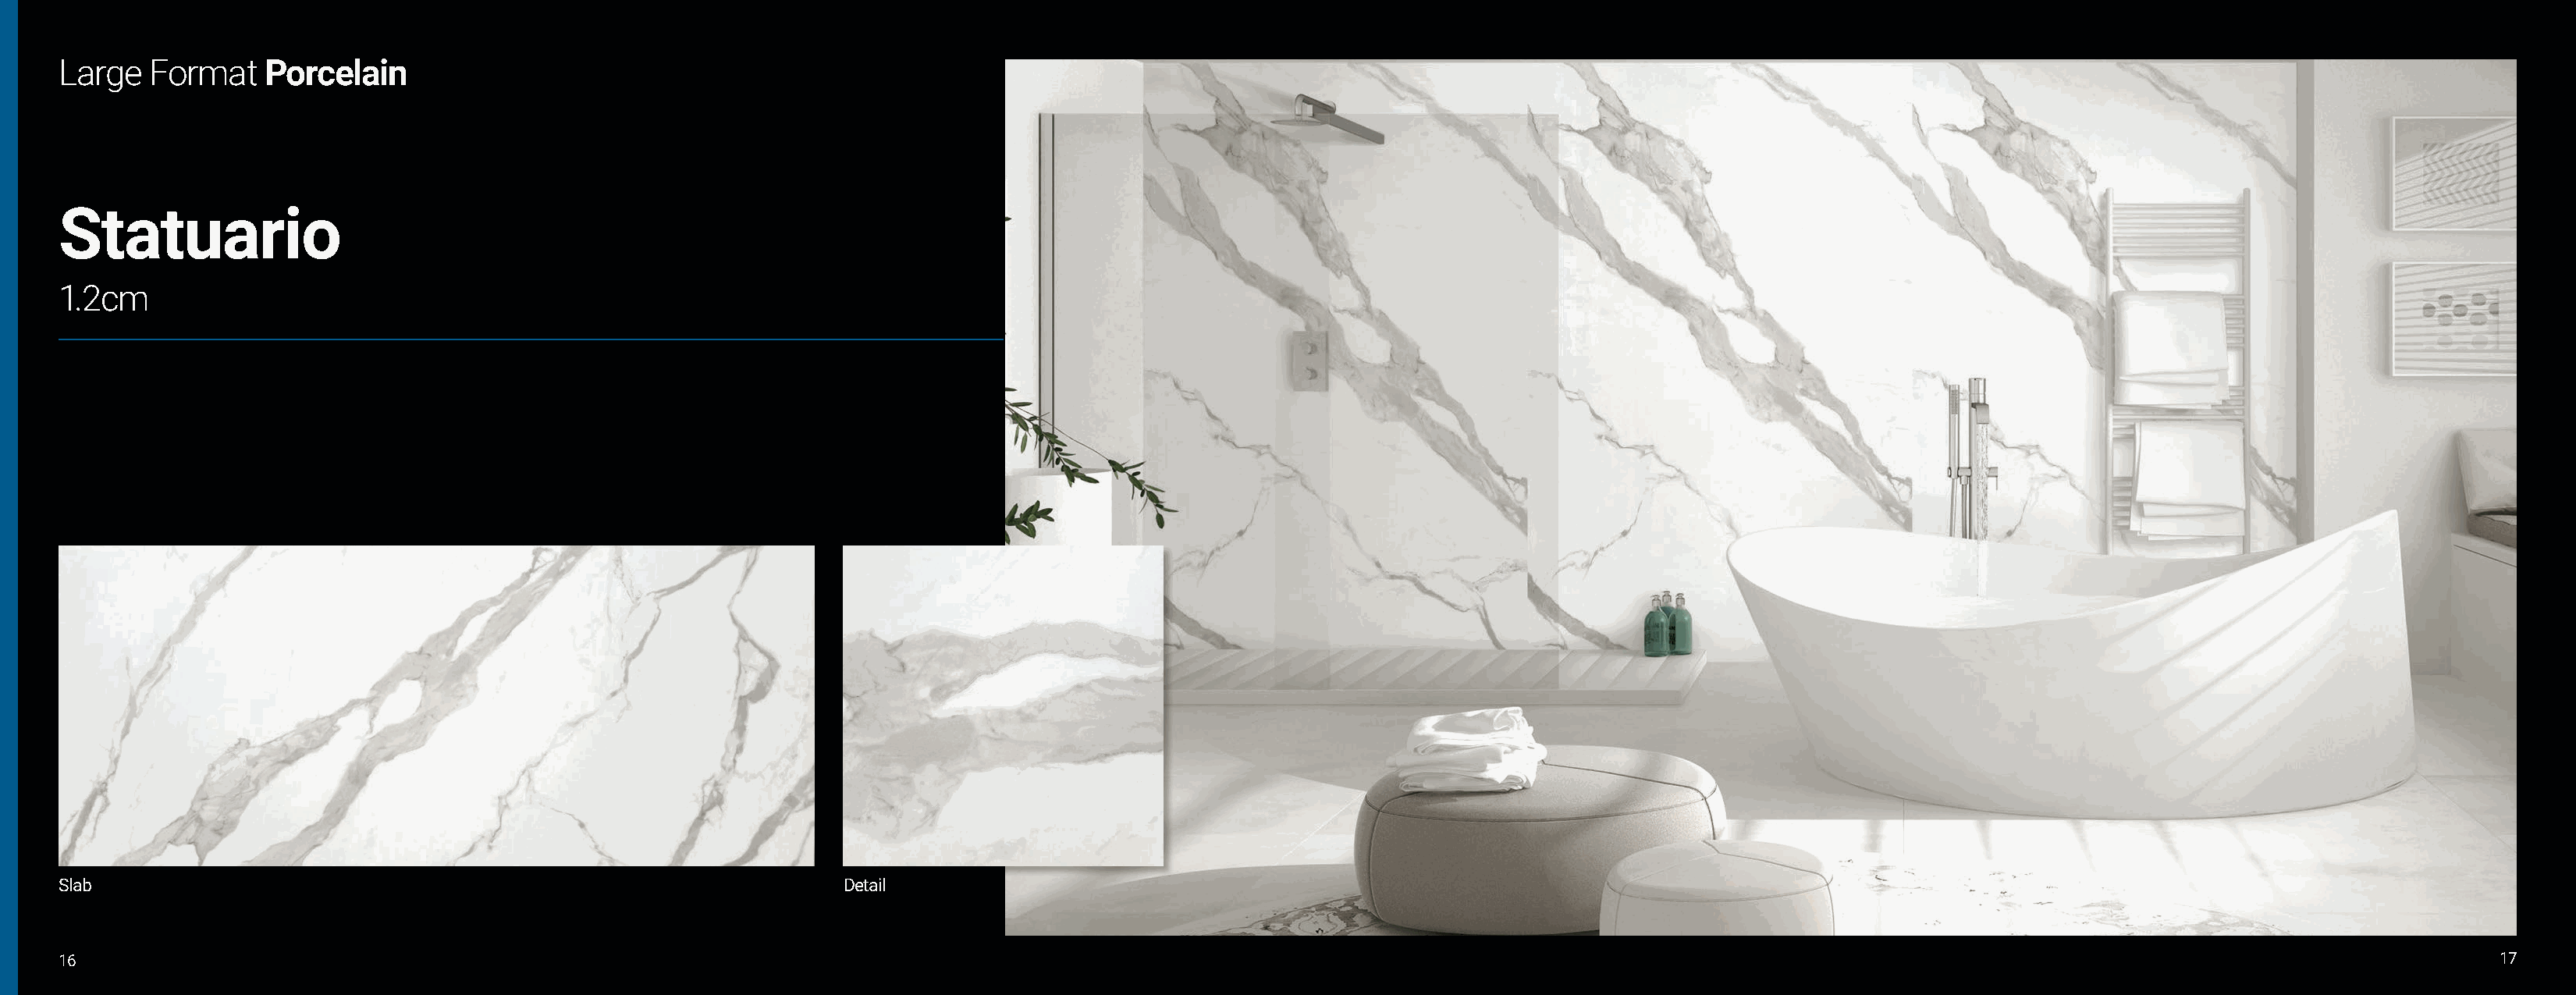
Large   Format   Porcelain
 Statuario
 1.2cm
 Slab                                                               Detail
 16                                                                                                                                                                                                             17